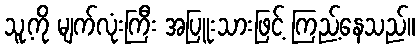
သူ့ကို မျက်လုံးကြီး အပြူးသားဖြင့် ကြည့်နေသည်။